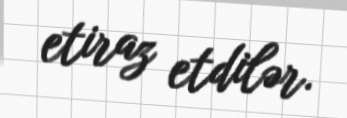
etiraz etdilər.